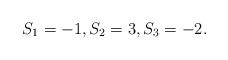
LaTeX: \begin{align*} S_1=-1,S_2=3,S_3=-2.\end{align*}